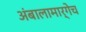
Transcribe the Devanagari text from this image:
अंबालामार्गेच